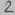
Text: 2